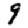
Digit: 9